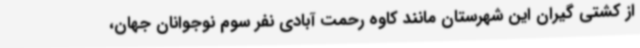
از کشتی گیران این شهرستان مانند کاوه رحمت آبادی نفر سوم نوجوانان جهان،